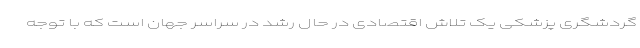
گردشگری پزشکی یک تلاش اقتصادی در حال رشد در سراسر جهان است که با توجه